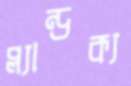
প্ল্যান্ডক্য